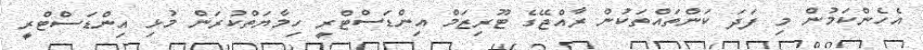
އެހެންކަމުން މި ފަދަ ކަންތައްތަކުން ރާއްޖޭގެ ޓޫރިޒަމް އިންޑަސްޓްރީ ހިމާޔަތްކުރަން މުޅި އިންޑަސްޓްރީ